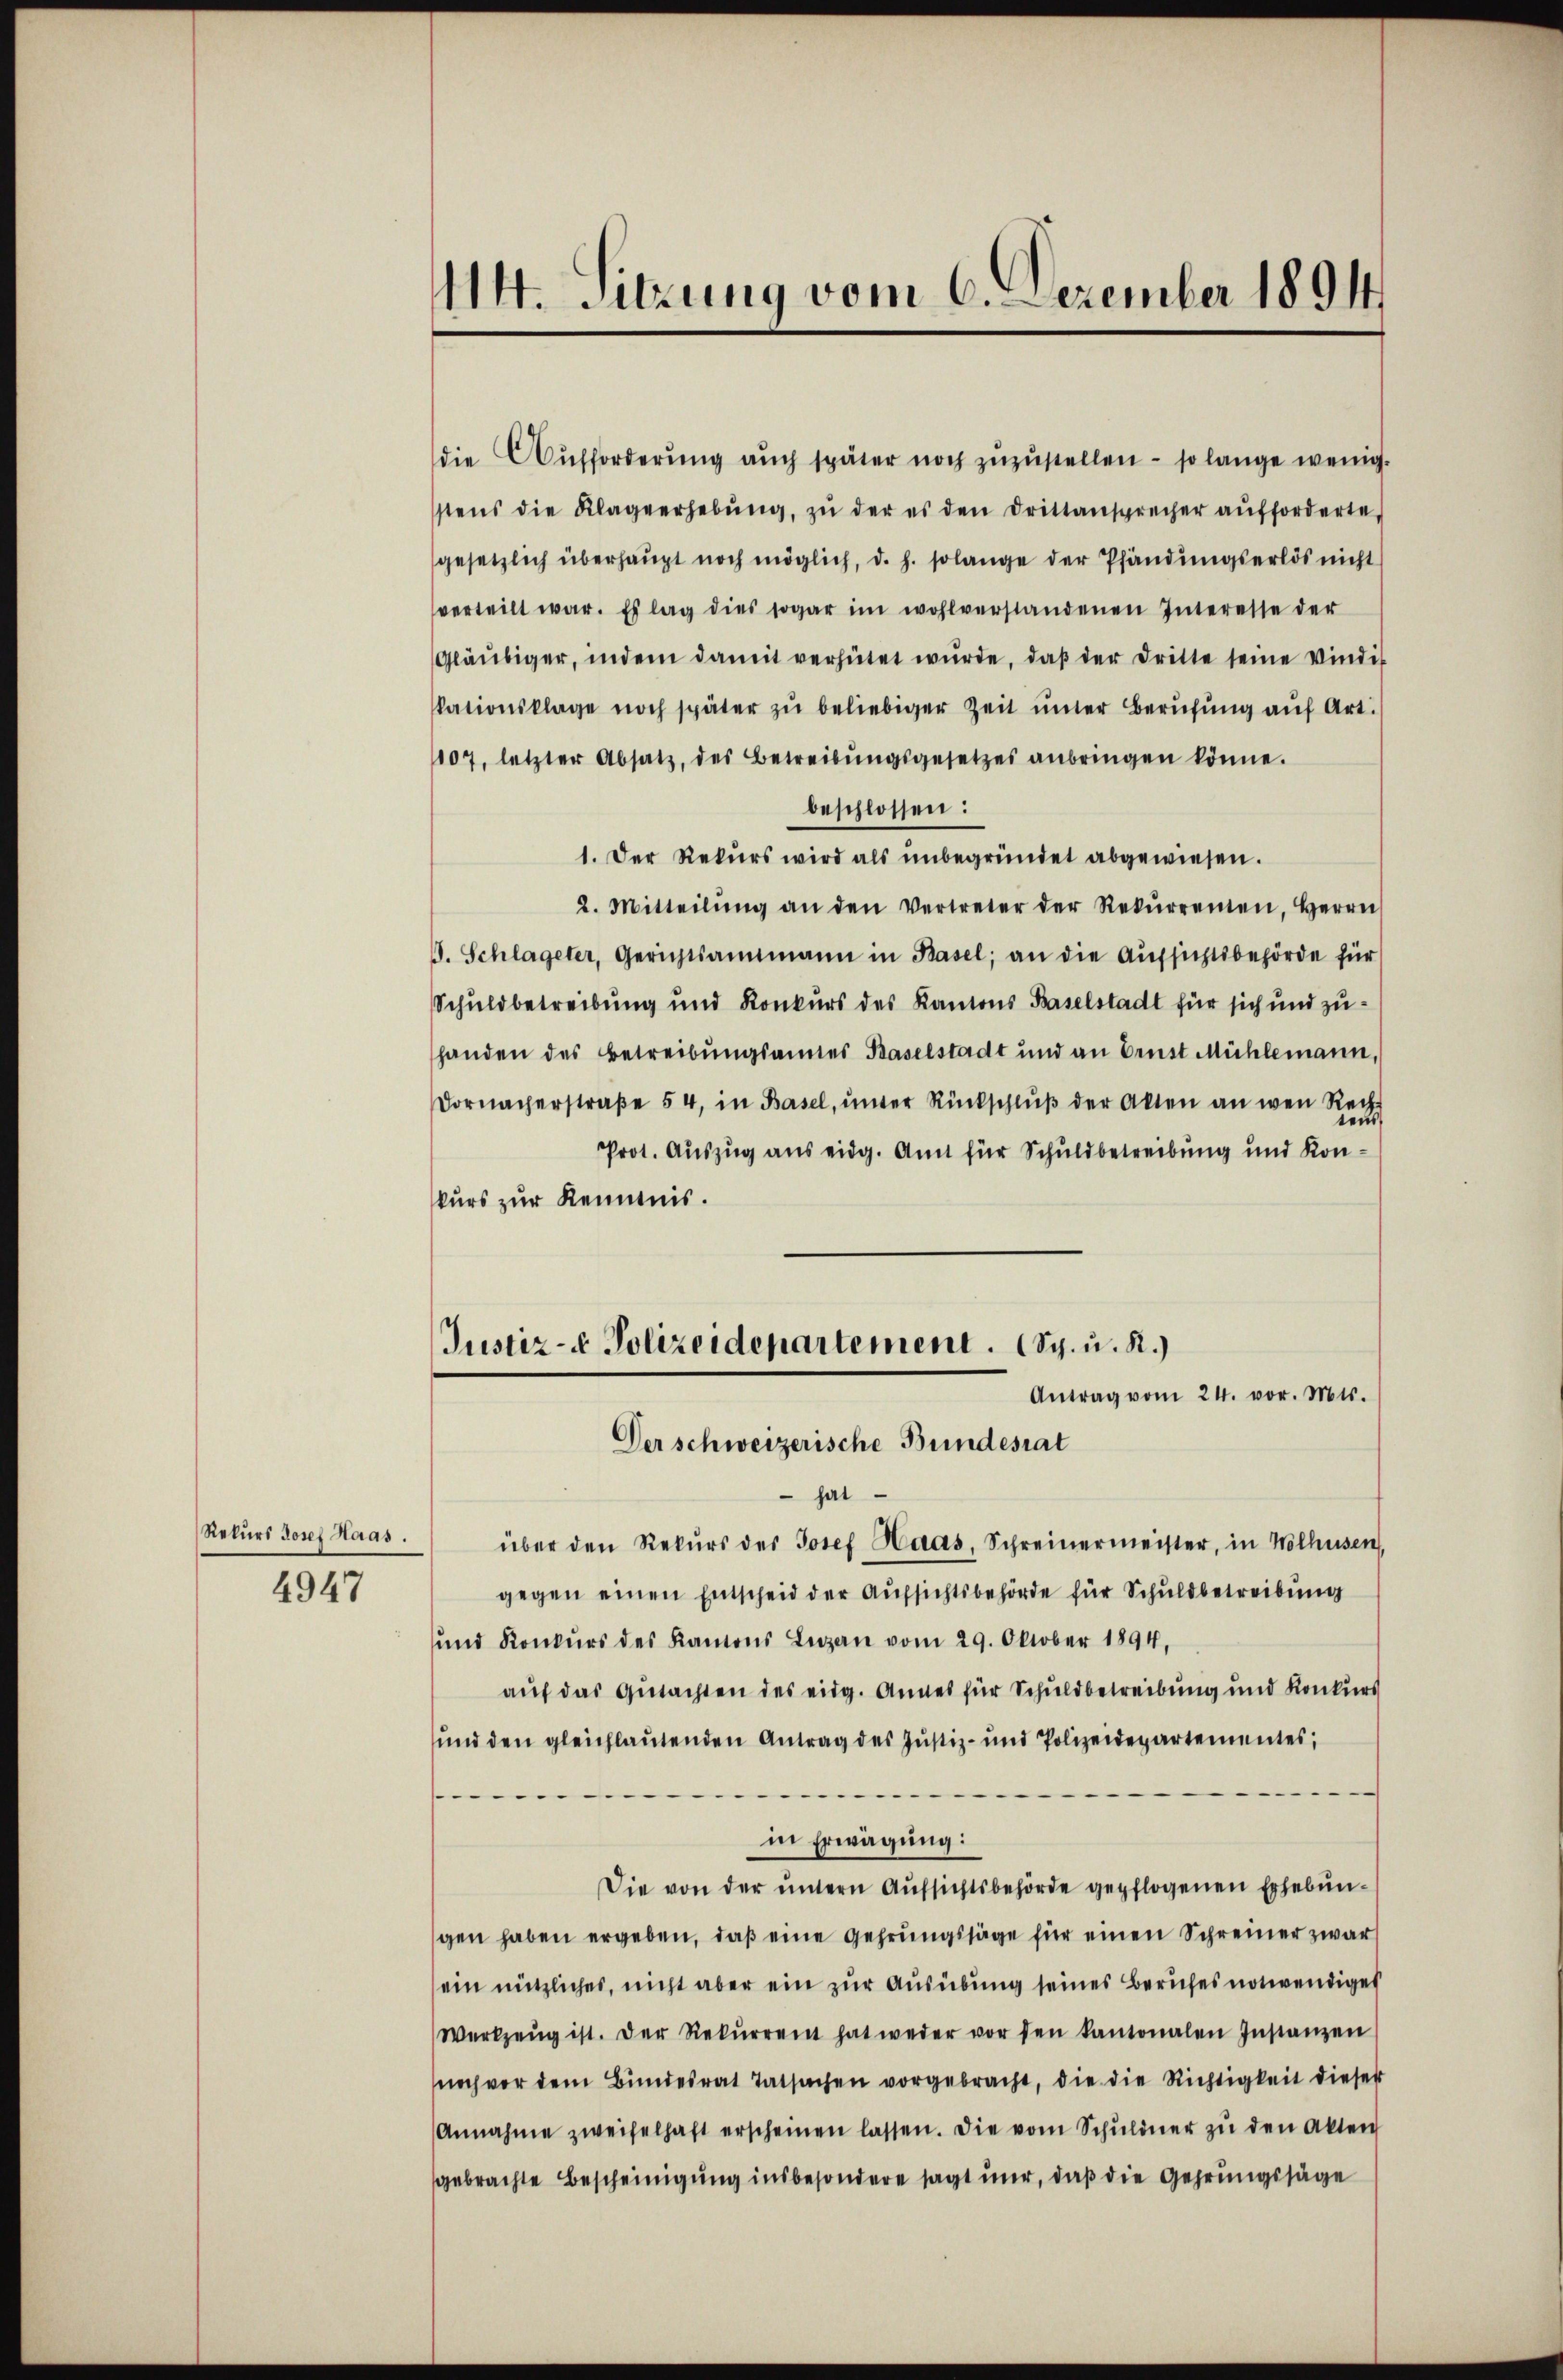
Rekurs Josef Haas.
4947

114. Sitzung vom 6. Dezember 1891

die Aufforderung aŭch später noch zŭzŭstellen – so lange wenig.
stens die Klagerhebŭng, zŭ der es den Drittansprecher aufforderte,
gesetzlich überhaŭpt noch möglich, d. h. solange der Pfändŭngserlös nicht
verteilt war. Es lag dies sogar im wohlverstandenen Interesse der
Gläubiger, indem damit verhütet wŭrde, daβ der dritte seine Vindis
kationsklage noch später zŭ beliebiger Zeit ŭnter Berufung auf Art.
107, letzter Absatz, des Betreibŭngsgesetzes anbringen könne.
beschlossen:
1. Der Rekurs wird als unbegründet abgewiesen.
2. Mitteilŭng an den Vertreter der Rekŭrrenten, Herrn
. Schlageter, Gerichtsamtmann in Basel, an die Aufsichtsbehörde für
Schuldbetreibung und Konkurs des Kantons Baselstadt für sich und zuhanden des Betreibungsannes Baselstadt und an Ernst Mühlemann,
Dornacherstraβe 54, in Basel, ŭnter Rückschlŭβ der Akten an wen Rech
Prot. Auszug aus eidg. Amt für Schuldbetreibung und Konkurs zur Kenntnis.

Justiz- & Polizeidepartement. (Sch. u. R.)
Antrag vom 24. vor. Mts.

Der schweizerische Bundesrat
hat
über den Rekŭrs des Josef Haas, Schreinermeister, in Wolhusen,
gegen einen Entscheid der Aufsichtsbehörde für Schuldbetreibung
und Konkŭrs des Kanons Luzern vom 29. Oktober 1894,
auf das Gutachten des eidg. Annes für Schuldbetreibung und Konkurs
und den gleichlautenden Antrag des Justiz- und Polizeidepartementes,
.
.
in Erwägung:
Die von der ŭntern Aŭfsichtsbehörde gepflogenen Erhebŭn-
gen haben ergeben, daß eine Gehrungssäge für einen Schreiner zwar
ein nützliches, nicht aber ein zur Ausübung seines Berufes notwendiges
Werkzeug ist. Der Rekŭrrent hat weder vor den kantonalen Instanzen
noch vor dem Bundesrat Tatsachen vorgebracht, die die Richtigkeit dieser
Annahme zweifelhaft erscheinen lassen. Die vom Schŭldner zŭ den Akten
gebrachte Bescheinigung insbesondere sagt mir, daß die Gehrungssäge